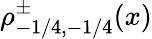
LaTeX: \rho_{-1/4,-1/4}^{\pm}(x)